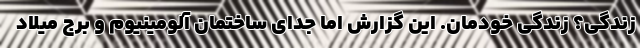
زندگی؟ زندگی خودمان. این گزارش اما جدای ساختمان آلومینیوم و برج میلاد